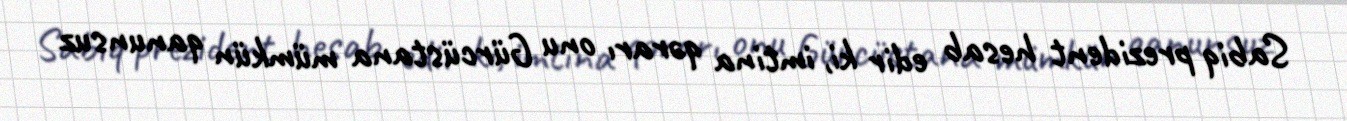
Sabiq prezident hesab edir ki, imtina qərarı onu Gürcüstana mümkün qanunsuz